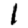
Digit: 1